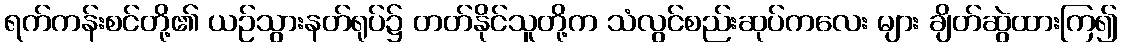
ရက်ကန်းစင်တို့၏ ယဉ်သွားနတ်ရုပ်၌ တတ်နိုင်သူတို့က သံလွင်စည်းဆုပ်ကလေး များ ချိတ်ဆွဲထားကြ၍